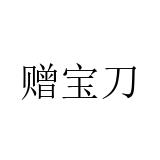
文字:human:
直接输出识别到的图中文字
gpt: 赠宝刀